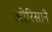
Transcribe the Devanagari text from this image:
ओरिसाने